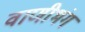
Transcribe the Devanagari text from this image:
वाणीभंग